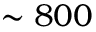
\sim 8 0 0